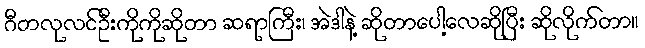
ဂီတလုလင်ဦးကိုကိုဆိုတာ ဆရာကြီး၊ အဲဒါနဲ့ ဆိုတာပေါ့လေဆိုပြီး ဆိုလိုက်တာ။